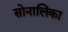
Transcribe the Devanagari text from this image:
सोनालिका